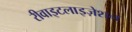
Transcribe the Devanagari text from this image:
रीवाइटलाइज़ेशन